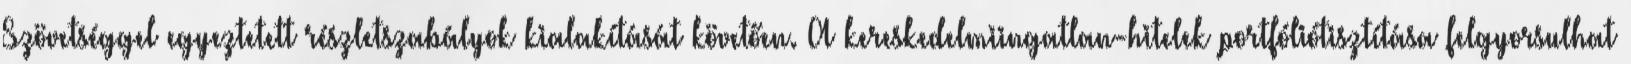
Szövetséggel egyeztetett részletszabályok kialakítását követően. A kereskedelmiingatlan-hitelek portfóliótisztítása felgyorsulhat